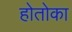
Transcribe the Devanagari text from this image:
होतोका